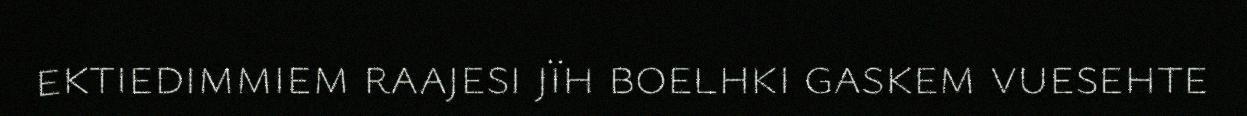
ektiedimmiem raajesi jïh boelhki gaskem vuesehte